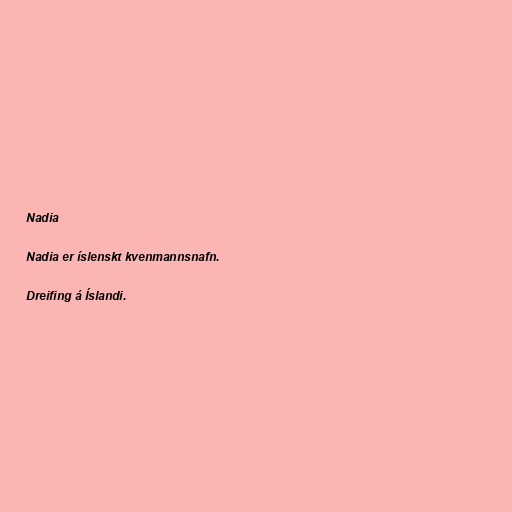
Nadia

Nadia er íslenskt kvenmannsnafn.

Dreifing á Íslandi.